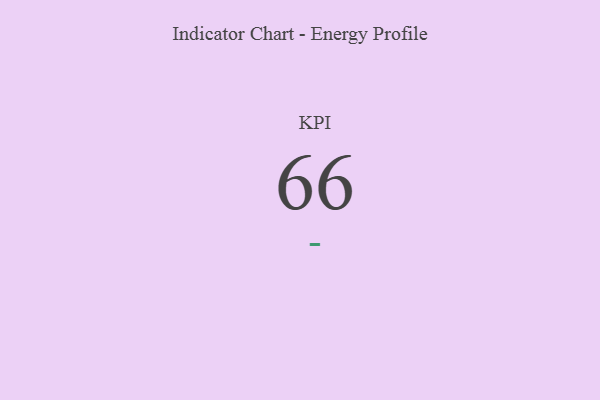
{"axis": {"x": "KPI", "y": "Value"}, "legend": [""], "data": [{"x": "KPI", "y": 66, "type": ""}]}